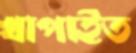
খাপাইত